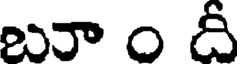
బా ం దీ